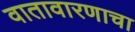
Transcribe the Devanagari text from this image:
वातावारणाचा